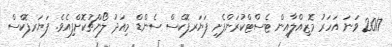
2017 ވަނަ އަހަރު މޮޒިއްލާއިން ޓެސްޓްކުރަންފެށި ފަޔަރފޮކްސް ސެންޑް މިއަދު ލޯންޗުކޮށްފިއެވެ. ފަޔަރފޮކްސް